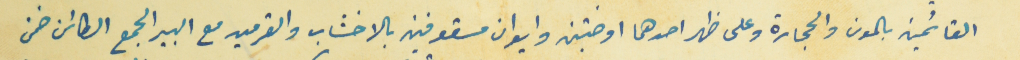
القائمين بالمون والحجارة وعلى ظهر احدهما اوضتين وايوان مسقوفين بالاخشاب والقرميد مع البير الجمع الكائن ضمن